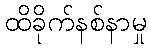
ထိခိုက်နစ်နာမှု